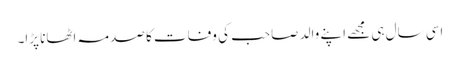
اسی سال ہی مجھے اپنے والد صاحب کی وفات کا صدمہ اٹھانا پڑا۔